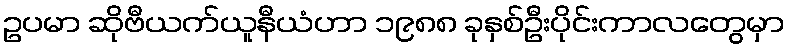
ဥပမာ ဆိုဗီယက်ယူနီယံဟာ ၁၉၈၈ ခုနှစ်ဦးပိုင်းကာလတွေမှာ